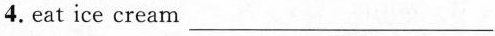
4.eat ice cream ___